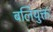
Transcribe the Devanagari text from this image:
बलियुक्त